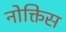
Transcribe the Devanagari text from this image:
नोक्तिस